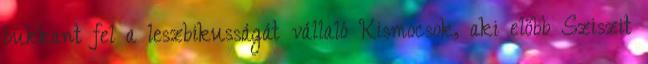
bukkant fel a leszbikusságát vállaló Kismocsok, aki előbb Sziszit